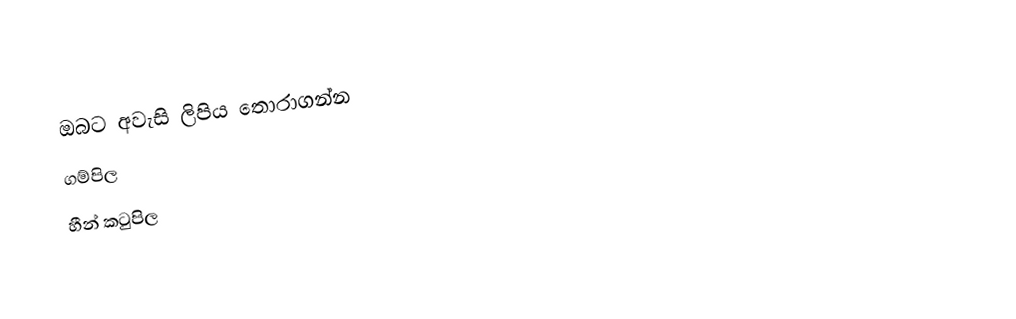
ඔබට අවැසි ලිපිය තොරාගන්න
 ගම්පිල
 හීන් කටුපිල